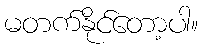
မတက်နိုင်တော့ပါ။